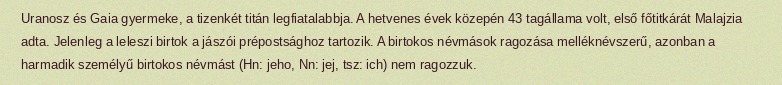
Uranosz és Gaia gyermeke, a tizenkét titán legfiatalabbja. A hetvenes évek közepén 43 tagállama volt, első főtitkárát Malajzia adta. Jelenleg a leleszi birtok a jászói prépostsághoz tartozik. A birtokos névmások ragozása melléknévszerű, azonban a harmadik személyű birtokos névmást (Hn: jeho, Nn: jej, tsz: ich) nem ragozzuk.